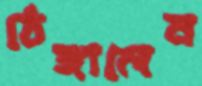
ঠেঙ্গালেন